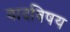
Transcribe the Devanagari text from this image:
वादविषय